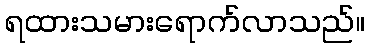
ရထားသမားရောက်လာသည်။